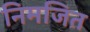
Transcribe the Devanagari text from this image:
निमजित